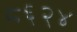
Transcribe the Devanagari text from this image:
८६२४